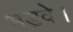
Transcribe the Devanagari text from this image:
भड़वे।